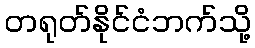
တရုတ်နိုင်ငံဘက်သို့